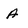
Character: A